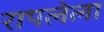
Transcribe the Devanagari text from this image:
रापलेला